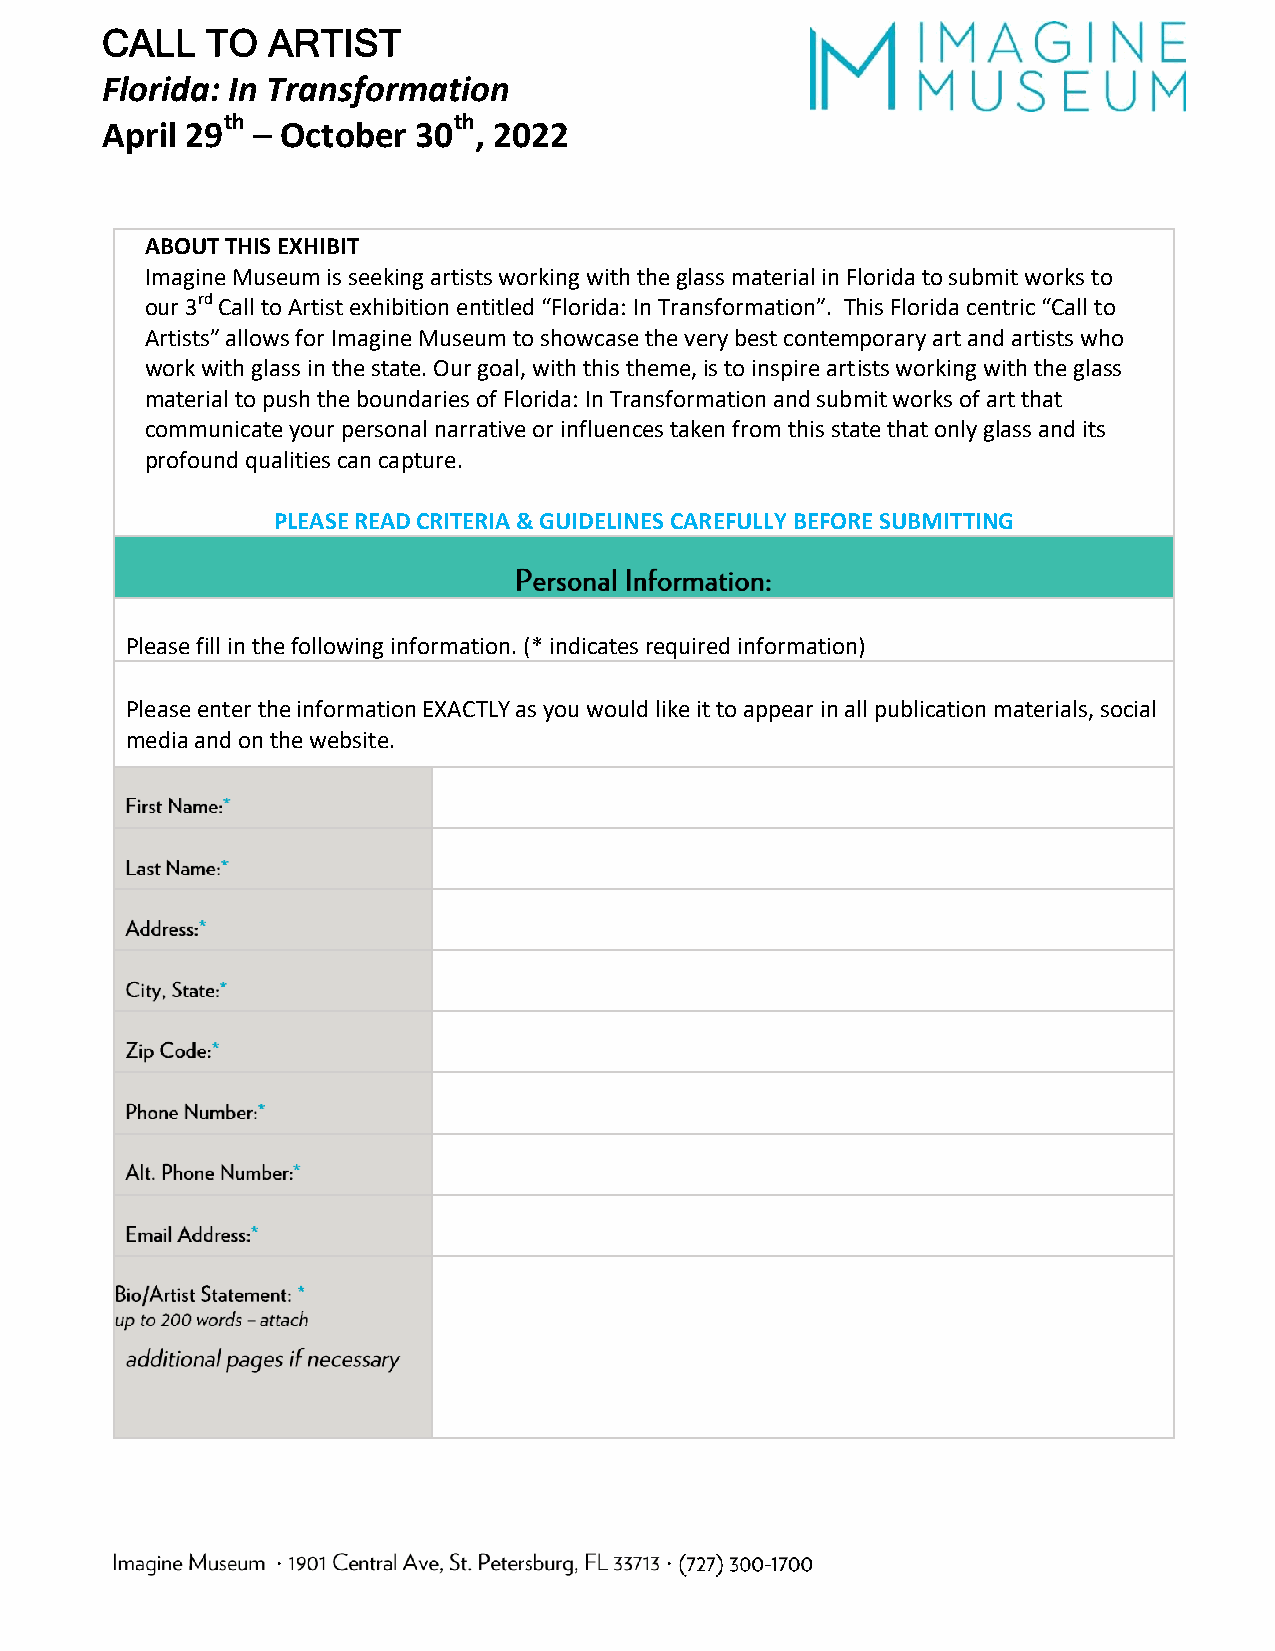
CALL   TO  ARTIST
 Florida: In Transformation
 th             th
 April 29  – October 30  , 2022
 ABOUT THIS EXHIBIT
 Imagine Museum is seeking artists working with the glass material in Florida to submit works to
 our 3rd Call to Artist exhibition entitled “Florida: In Transformation”. This Florida centric “Call to
 Artists” allows for Imagine Museum to showcase the very best contemporary art and artists who
 work with glass in the state. Our goal, with this theme, is to inspire artists working with the glass
 material to push the boundaries of Florida: In Transformation and submit works of art that
 communicate your personal narrative or influences taken from this state that only glass and its
 profound qualities can capture.
 PLEASE READ CRITERIA & GUIDELINES CAREFULLY BEFORE SUBMITTING
 Please fill in the following information. (* indicates required information)
 Please enter the information EXACTLY as you would like it to appear in all publication materials, social
 media and on the website.